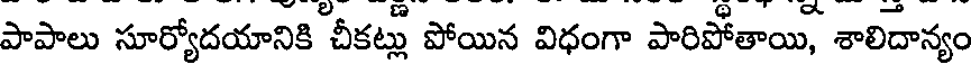
పాపాలు సూర్యోదయానికి చీకట్లు పోయిన విధంగా పారిపోతాయి, శాలిదాన్యం